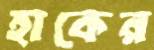
হাকের